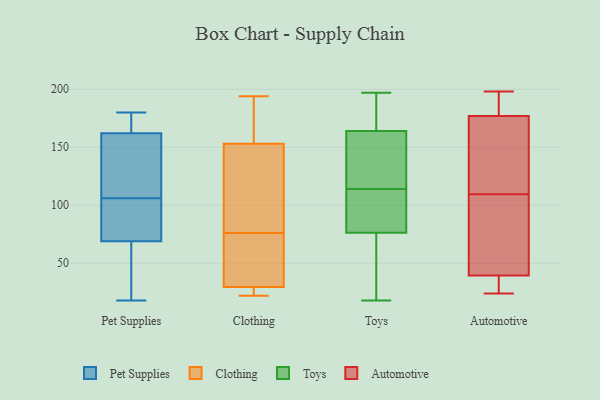
{"axis": {"x": "Production Output", "y": "Value"}, "legend": ["Automotive", "Clothing", "Pet Supplies", "Toys"], "data": [{"x": "", "y": 73, "type": "Pet Supplies"}, {"x": "", "y": 69, "type": "Pet Supplies"}, {"x": "", "y": 20, "type": "Pet Supplies"}, {"x": "", "y": 108, "type": "Pet Supplies"}, {"x": "", "y": 104, "type": "Pet Supplies"}, {"x": "", "y": 180, "type": "Pet Supplies"}, {"x": "", "y": 162, "type": "Pet Supplies"}, {"x": "", "y": 169, "type": "Pet Supplies"}, {"x": "", "y": 115, "type": "Pet Supplies"}, {"x": "", "y": 18, "type": "Pet Supplies"}, {"x": "", "y": 76, "type": "Clothing"}, {"x": "", "y": 146, "type": "Clothing"}, {"x": "", "y": 131, "type": "Clothing"}, {"x": "", "y": 22, "type": "Clothing"}, {"x": "", "y": 76, "type": "Clothing"}, {"x": "", "y": 194, "type": "Clothing"}, {"x": "", "y": 169, "type": "Clothing"}, {"x": "", "y": 59, "type": "Clothing"}, {"x": "", "y": 160, "type": "Clothing"}, {"x": "", "y": 27, "type": "Clothing"}, {"x": "", "y": 31, "type": "Clothing"}, {"x": "", "y": 28, "type": "Clothing"}, {"x": "", "y": 155, "type": "Toys"}, {"x": "", "y": 77, "type": "Toys"}, {"x": "", "y": 60, "type": "Toys"}, {"x": "", "y": 94, "type": "Toys"}, {"x": "", "y": 161, "type": "Toys"}, {"x": "", "y": 169, "type": "Toys"}, {"x": "", "y": 197, "type": "Toys"}, {"x": "", "y": 93, "type": "Toys"}, {"x": "", "y": 75, "type": "Toys"}, {"x": "", "y": 140, "type": "Toys"}, {"x": "", "y": 165, "type": "Toys"}, {"x": "", "y": 79, "type": "Toys"}, {"x": "", "y": 114, "type": "Toys"}, {"x": "", "y": 194, "type": "Toys"}, {"x": "", "y": 158, "type": "Toys"}, {"x": "", "y": 18, "type": "Toys"}, {"x": "", "y": 76, "type": "Toys"}, {"x": "", "y": 165, "type": "Toys"}, {"x": "", "y": 54, "type": "Toys"}, {"x": "", "y": 38, "type": "Automotive"}, {"x": "", "y": 174, "type": "Automotive"}, {"x": "", "y": 41, "type": "Automotive"}, {"x": "", "y": 27, "type": "Automotive"}, {"x": "", "y": 127, "type": "Automotive"}, {"x": "", "y": 85, "type": "Automotive"}, {"x": "", "y": 173, "type": "Automotive"}, {"x": "", "y": 195, "type": "Automotive"}, {"x": "", "y": 149, "type": "Automotive"}, {"x": "", "y": 32, "type": "Automotive"}, {"x": "", "y": 57, "type": "Automotive"}, {"x": "", "y": 24, "type": "Automotive"}, {"x": "", "y": 180, "type": "Automotive"}, {"x": "", "y": 92, "type": "Automotive"}, {"x": "", "y": 198, "type": "Automotive"}, {"x": "", "y": 186, "type": "Automotive"}]}